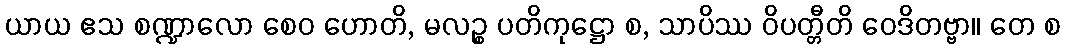
ယာယ ဧသ စဏ္ဍာလော စေဝ ဟောတိ, မလဉ္စ ပတိကုဋ္ဌော စ, သာပိဿ ဝိပတ္တီတိ ဝေဒိတဗ္ဗာ။ တေ စ